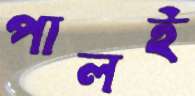
পালই